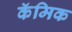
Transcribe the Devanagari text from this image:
कॅमिक